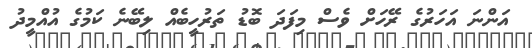
އަންނަ އަހަރުގެ ރޭހަށް ވެސް މިފަދަ ބޮޑު ތަރުހީބެއް ލިބޭނެ ކަމުގެ އުއްމީދު